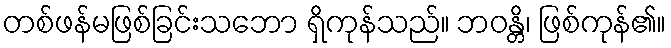
တစ်ဖန်မဖြစ်ခြင်းသဘော ရှိကုန်သည်။ ဘဝန္တိ၊ ဖြစ်ကုန်၏။